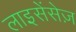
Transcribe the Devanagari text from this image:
लाइसेंसेज़